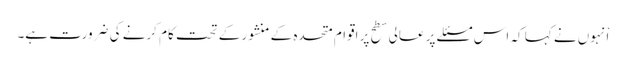
اْنہوں نے کہا کہ اس مسئلے پر عالی سطح پر اقوام متحدہ کے منشور کے تحت کام کرنے کی ضرورت ہے۔